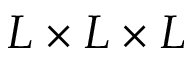
L \times L \times L